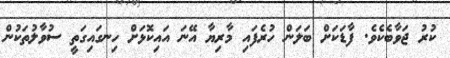
ކުރު ޖަވާބެކެވެ. ފާޑަކަށް ބަލަން ހުރެފައި މާރިޔާ އޭނަ އައިކޮޅަށް ހިނގައިގަތީ ސުވާލުތަކުން